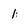
Character: 1